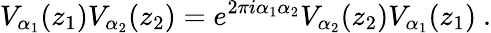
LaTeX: V_{\alpha_{1}}(z_{1})V_{\alpha_{2}}(z_{2})=e^{2\pi i\alpha_{1}\alpha_{2}}V_{\alpha_{2}}(z_{2})V_{\alpha_{1}}(z_{1})~.